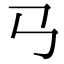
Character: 𢎘